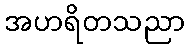
အဟရိတသညာ